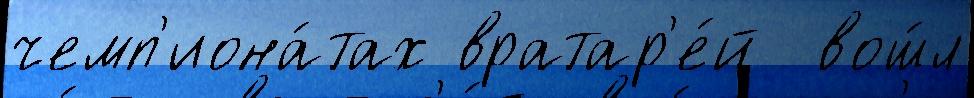
чемп'иона́тах вратар'е́й  вош́л